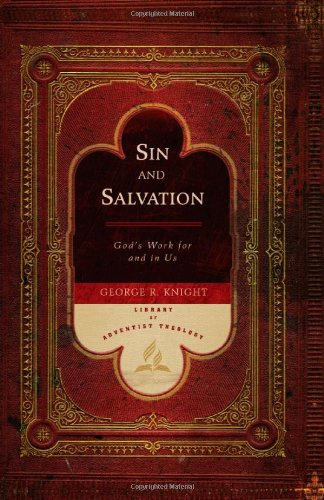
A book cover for Sin and Salvation: God's Work for and in Us (Library of Adventist Theology); George R. Knight; Christian Books & Bibles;